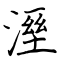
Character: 溼